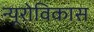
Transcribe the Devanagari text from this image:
न्यूरोविकास